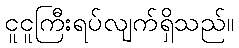
ငူငူကြီးရပ်လျက်ရှိသည်။